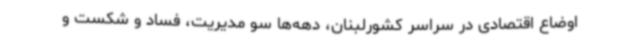
اوضاع اقتصادی در سراسر کشورلبنان، دهه‌ها سو مدیریت، فساد و شکست و